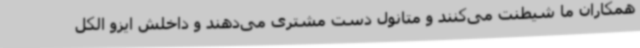
همکاران ما شیطنت می‌کنند و متانول دست مشتری می‌دهند و داخلش ایزو الکل